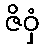
ဇိဝှံ